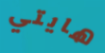
هايتي